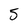
Character: 5